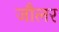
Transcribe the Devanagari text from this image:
जौलर